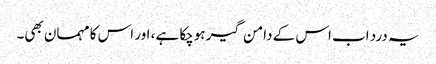
یہ درد اب اس کے دامن گیر ہوچکا ہے، اور اس کا مہمان بھی۔